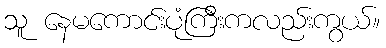
သူ နေမကောင်းပုံကြီးကလည်းကွယ်။